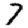
Digit: 7